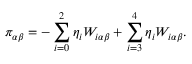
\pi _ { \alpha \beta } = - \sum _ { i = 0 } ^ { 2 } \eta _ { i } W _ { i \alpha \beta } + \sum _ { i = 3 } ^ { 4 } \eta _ { i } W _ { i \alpha \beta } .